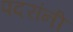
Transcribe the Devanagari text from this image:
पदरांनी